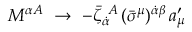
M ^ { \alpha A } ~ \to ~ - { \bar { \zeta } } _ { \dot { \alpha } } ^ { ~ A } \, ( \bar { \sigma } ^ { \mu } ) ^ { \dot { \alpha } \beta } \, a _ { \mu } ^ { \prime }